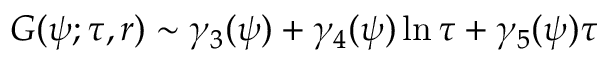
G ( \psi ; \tau , r ) \sim \gamma _ { 3 } ( \psi ) + \gamma _ { 4 } ( \psi ) \ln \tau + \gamma _ { 5 } ( \psi ) \tau